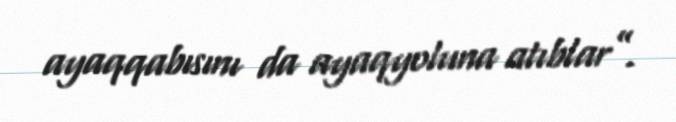
ayaqqabısını da ayaqyoluna atıblar”.